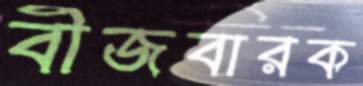
বীজবারক